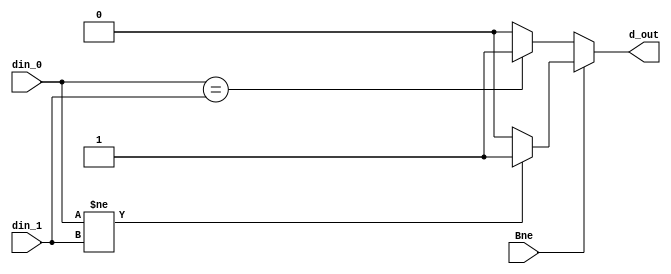
`timescale 100fs/100fs

// module CheckEqual( input  [31:0] din_0
                //  , input  [31:0] din_1
                //  , output  d_out
                //  );
// 
    // assign d_out = (din_0==din_1) ? 1:0;
    // 
// endmodule

// This module is used to check wether two data are equal
module CheckEqual( input  [31:0] din_0
                 , input  [31:0] din_1
                 , input  Bne
                 , output  reg d_out
                 );

    initial begin
        d_out <= 1'b0;
    end

    always @(din_0 or din_1 or Bne) begin
        if (Bne==1'b1) begin
            d_out <= (din_0!=din_1) ? 1:0;
        end
        else d_out <= (din_0==din_1) ? 1:0;
    end
    
endmodule